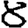
Digit: 8